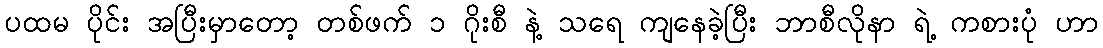
ပထမ ပိုင်း အပြီးမှာတော့ တစ်ဖက် ၁ ဂိုးစီ နဲ့ သရေ ကျနေခဲ့ပြီး ဘာစီလိုနာ ရဲ့ ကစားပုံ ဟာ